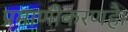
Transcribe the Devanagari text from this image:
प्रमाणीकरणहै।